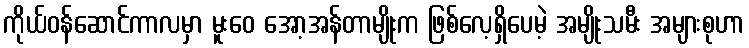
ကိုယ်ဝန်ဆောင်ကာလမှာ မူးဝေ အော့အန်တာမျိုးက ဖြစ်လေ့ရှိပေမဲ့ အမျိုးသမီး အများစုဟာ